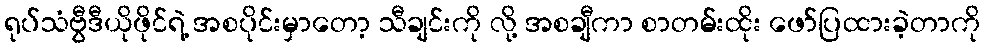
ရုပ်သံဗွီဒီယိုဖိုင်ရဲ့ အစပိုင်းမှာတော့ သီချင်းကို လို့ အစချီကာ စာတမ်းထိုး ဖော်ပြထားခဲ့တာကို